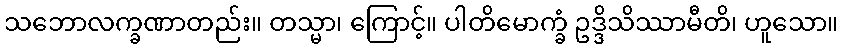
သဘောလက္ခဏာတည်း။ တသ္မာ၊ ကြောင့်။ ပါတိမောက္ခံ ဥဒ္ဒိသိဿာမီတိ၊ ဟူသော။